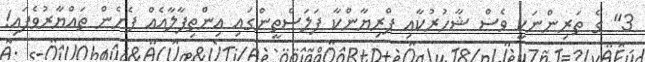
3" ގެ ތަރިންނަކީ ވެސް ޝާހުރުކާއި ޕްރިޔާންކާ ފަލަސްތީންގައި އިންތިފާލާއެއް ފެށެން ތައްޔާރުވެފައި!